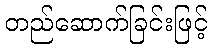
တည်ဆောက်ခြင်းဖြင့်